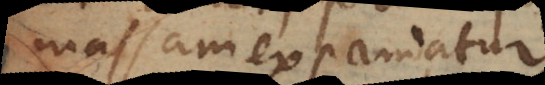
massam expandatur.